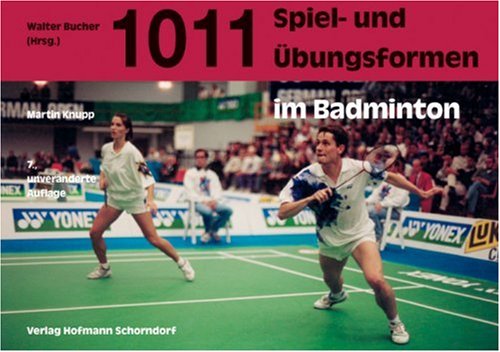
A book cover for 1011 Spiel- und ÃEbungsformen im Badminton.; Martin Knupp; Sports & Outdoors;